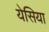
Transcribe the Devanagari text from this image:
येसिया